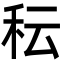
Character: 秐